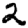
Digit: 2